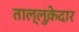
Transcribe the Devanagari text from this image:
ताल्लुक़ेदार